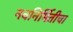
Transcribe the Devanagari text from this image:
नवनिर्मितीचा